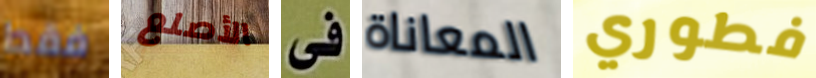
فقط الأصلع فى المعاناة فطوري